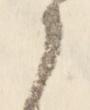
候